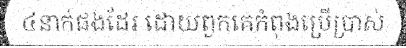
៤នាក់ផងដែរ ដោយពួកគេកំពុងប្រើប្រាស់